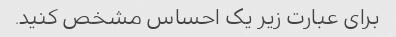
برای عبارت زیر یک احساس مشخص کنید.